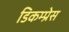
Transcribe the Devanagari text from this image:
डिकम्प्रेस